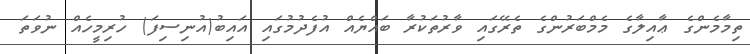
ތިމާމެންގެ ޢާއިލާގެ މެމްބަރުންގެ ތެރޭގައި ވާރުތަކުރާ ބައްޔެއް އުފެދުމުގައި އައިބު(އުނިސިފަ) ހުރިމީހެއް ނުވަތަ